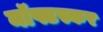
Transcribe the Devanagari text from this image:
नॉफ्टस्कर